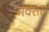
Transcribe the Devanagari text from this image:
मक्सस